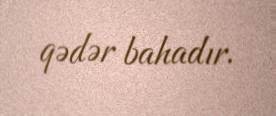
qədər bahadır.